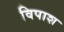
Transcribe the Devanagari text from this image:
विपाश